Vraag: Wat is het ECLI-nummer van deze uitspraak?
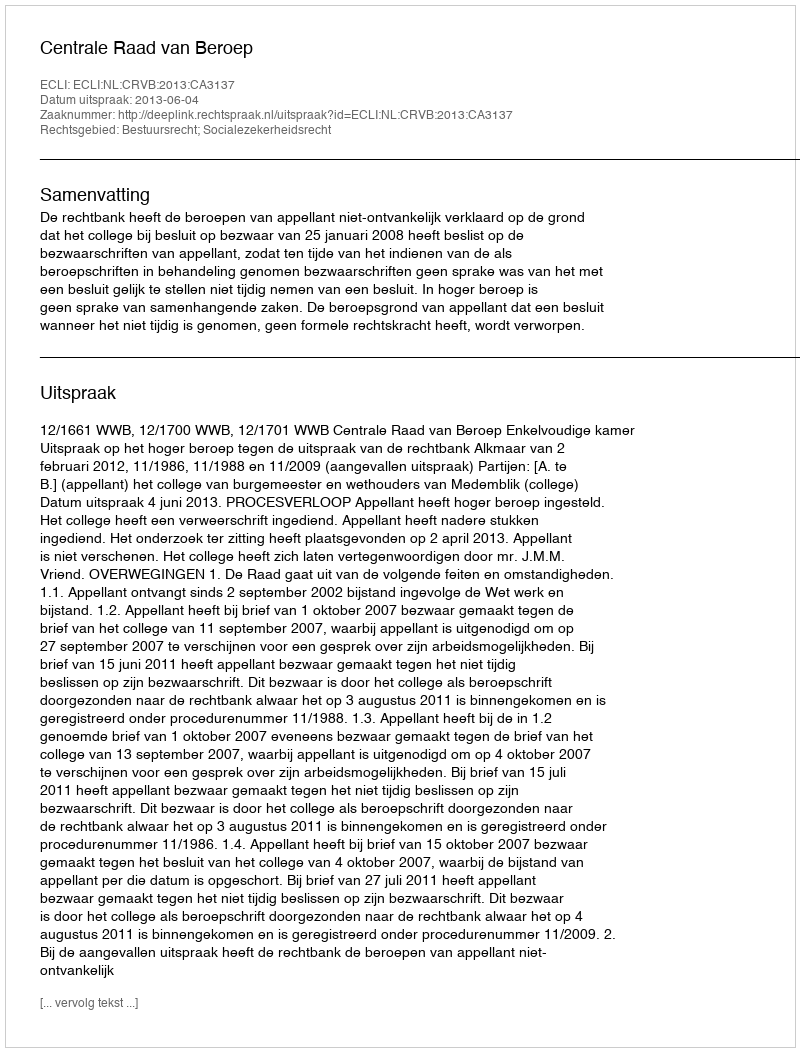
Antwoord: ECLI:NL:CRVB:2013:CA3137